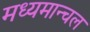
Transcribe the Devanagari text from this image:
मध्यमान्चल